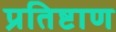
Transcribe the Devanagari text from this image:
प्रतिष्टाण